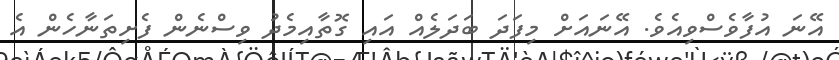
އޭނަ އުފާވެސްވިއެވެ. އޭނައަށް މިފަދަ ބަދަލެއް އައި ގޮތާއިމެދު ވިސްނެން ފެށިތަނާހެން އެ